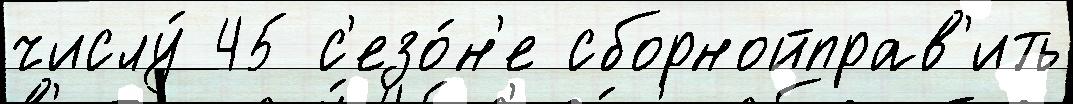
числу́ 45 с'езо́н'е сборнойправ'ить